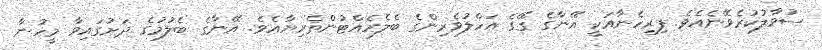
ސުވާލުކުރެވޭނެއެވެ. ފިރިހެނާއަކީ އޭނާގެ ގޭގެ އަހްލުވެރިންގެ ބެލެހެއްޓުންތެރިޔާއެވެ. އޭނާގެ ބެލުމުގެ ދަށުގައިވާ މީހުނާ